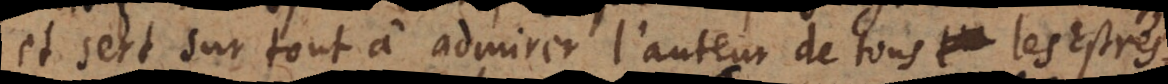
et sert sur tout à admirer l’auteur de tous les Estres,